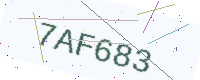
Text: 7AF683